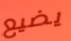
يضيع